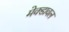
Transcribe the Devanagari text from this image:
मेक्डावल